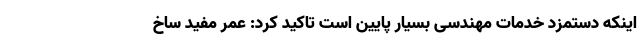
اینکه دستمزد خدمات مهندسی بسیار پایین است تاکید کرد: عمر مفید ساخ